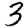
Digit: 3